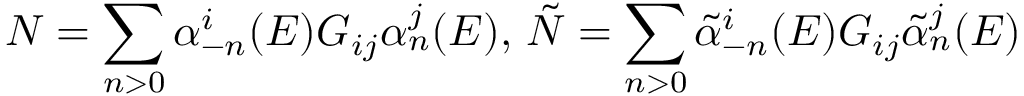
N = \sum _ { n > 0 } \alpha _ { - n } ^ { i } ( E ) G _ { i j } \alpha _ { n } ^ { j } ( E ) , \, \tilde { N } = \sum _ { n > 0 } \tilde { \alpha } _ { - n } ^ { i } ( E ) G _ { i j } \tilde { \alpha } _ { n } ^ { j } ( E )